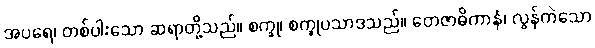
အပရေ၊ တစ်ပါးသော ဆရာတို့သည်။ စက္ခု၊ စက္ခုပသာဒသည်။ တေဇာဓိကာနံ၊ လွန်ကဲသော